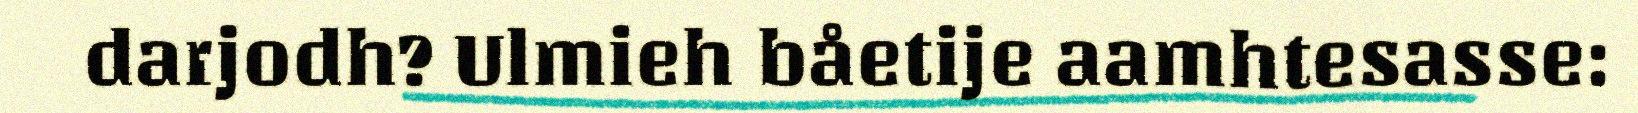
darjodh? Ulmieh båetije aamhtesasse: